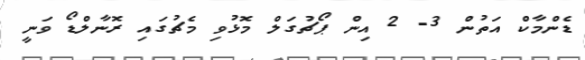
ޑެންމާކް އަތުން 3- 2 އިން ޕޯޗުގަލް މޮޅުވި މެޗުގައި ރޮނާލްޑޯ ވަނީ